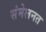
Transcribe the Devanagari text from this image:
संमेलनत